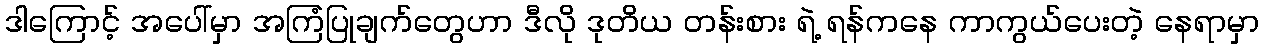
ဒါကြောင့် အပေါ်မှာ အကြံပြုချက်တွေဟာ ဒီလို ဒုတိယ တန်းစား ရဲ့ ရန်ကနေ ကာကွယ်ပေးတဲ့ နေရာမှာ